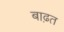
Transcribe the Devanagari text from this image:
बाढ़त